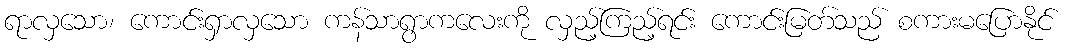
ရာလှသော၊ ကောင်းရှာလှသော ကန်သာရွာကလေးကို လှည့်ကြည့်ရင်း ကောင်းမြတ်သည် စကားမပြောနိုင်